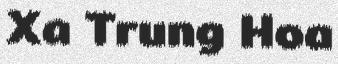
Xa Trung Hoa